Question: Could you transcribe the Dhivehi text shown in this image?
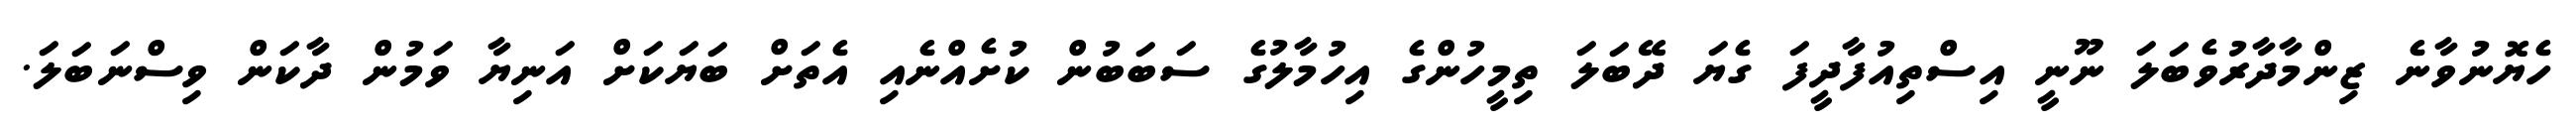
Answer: ހެޔޮނުވާނެ ޒިންމާދާރުވެބަލަ ނޫނީ އިސްތިއުފާދީފަ ގެޔަ ދޭބަލަ ތިމީހުންގެ އިހުމާލުގެ ސަބަބުން ކުށެއްނެއި އެތަށް ބަޔަކަށް އަނިޔާ ވަމުން ދާކަން ވިސްނަބަލަ.